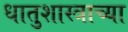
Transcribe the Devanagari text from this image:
धातुशास्त्राच्या